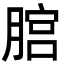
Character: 𦞨